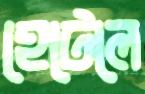
হেটেলে